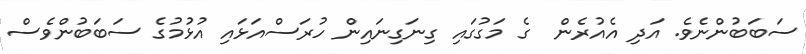
ސަބަބުންނެވެ. އަދި އެއުރެން  ގެ މަގުގައި ގިނަގިނައިން ހުރަސްއަޅައި އުޅުމުގެ ސަބަބުންވެސް